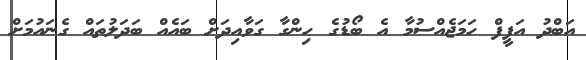
އަބްދު އަފީފް ހަމަޖެއްސުމާ އެ ބޯޑުގެ ހިންގާ ގަވާއިދަށް ބައެއް ބަދަލުތައް ގެނައުމަށް